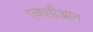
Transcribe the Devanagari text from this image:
एक्सीआन